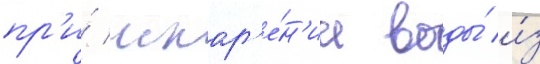
пр'и́ испар'е́н'ии воды́ и́з